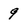
Character: 9